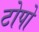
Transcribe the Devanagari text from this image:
टोपो